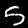
Label: 5